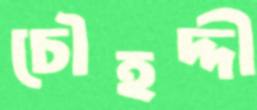
চৌহদ্দী